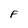
Character: F